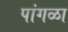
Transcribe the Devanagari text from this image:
पांगळा